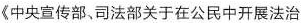
《中央宣传部、司法部关于在公民中开展法治